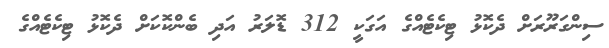
ސިންގަރޫރަށް ދެކޮޅު ޓިކެޓެއްގެ އަގަކީ 312 ޑޮލަރު އަދި ބެންކޮކަށް ދެކޮޅު ޓިކެޓެއްގެ